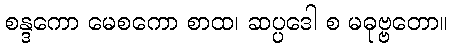
စန္ဒကော မေစကော စာထ၊ ဆပ္ပဒေါ စ မဓုဗ္ဗတော။